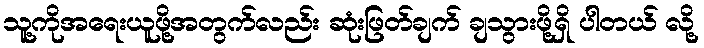
သူ့ကိုအရေးယူဖို့အတွက်လည်း ဆုံးဖြတ်ချက် ချသွားဖို့ရှိ ပါတယ် လို့